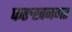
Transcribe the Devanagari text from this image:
फरुखनगर